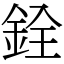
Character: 銓